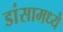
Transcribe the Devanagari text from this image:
डांसामध्ये